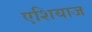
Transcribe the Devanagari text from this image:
एशियाज